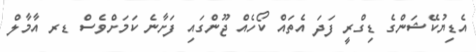
އެޑިޔުކޭޝަންގެ ޑިގްރީ ފަދަ އެތައް ކޯހެއް ޖޫންގައި ފަށާނެ ކަމަށްވެސް ޑރ އާމާލް